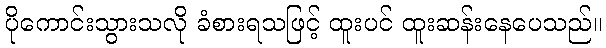
ပိုကောင်းသွားသလို ခံစားရသဖြင့် ထူးပင် ထူးဆန်းနေပေသည်။